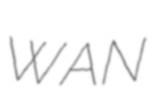
WAN